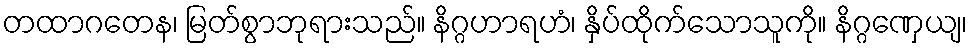
တထာဂတေန၊ မြတ်စွာဘုရားသည်။ နိဂ္ဂဟာရဟံ၊ နှိပ်ထိုက်သောသူကို။ နိဂ္ဂဏှေယျ၊